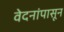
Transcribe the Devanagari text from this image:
वेदनांपासून